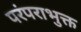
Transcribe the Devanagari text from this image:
परंपराभुक्त